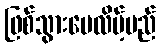
ဖြစ်သွားပေလိမ့်မည်